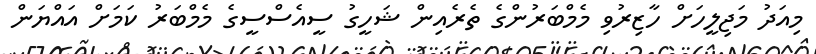
މިއަދު މަޖިލީހަށް ހާޒިރުވި މެމްބަރުންގެ ތެރެއިން ޝަހީގު ސީއެސްސީގެ މެމްބަރު ކަމަށް އައްޔަން